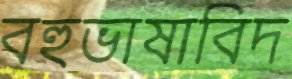
বহুভাষাবিদ